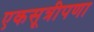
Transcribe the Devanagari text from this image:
एकसूत्रीपणा